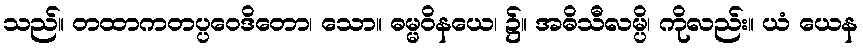
သည်။ တထာကတပ္ပဝေဒိတော၊ သော။ ဓမ္မဝိနယေ၊ ၌။ အဓိသီလမ္ပိ၊ ကိုလည်း။ ယံ ယေန